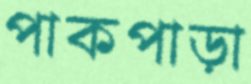
পাকপাড়া